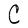
Character: C